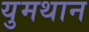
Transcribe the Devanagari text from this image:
युमथान